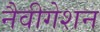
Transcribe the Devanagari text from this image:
नैवीगेशन